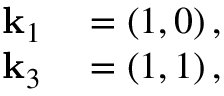
\begin{array} { r l } { \mathbf { k } _ { 1 } } & { { } = \left( 1 , 0 \right) , } \\ { \mathbf { k } _ { 3 } } & { { } = \left( 1 , 1 \right) , } \end{array}